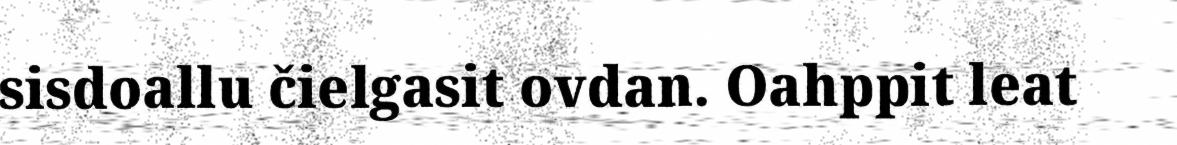
sisdoallu čielgasit ovdan. Oahppit leat